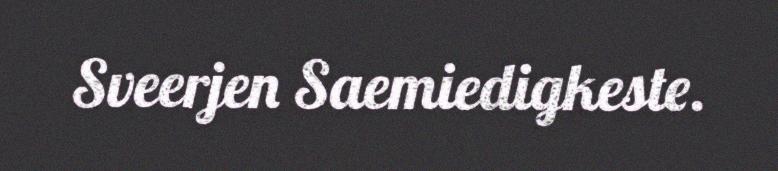
Sveerjen Saemiedigkeste.